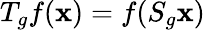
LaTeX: T_{g}f(\mathbf{x})=f(S_{g}\mathbf{x})